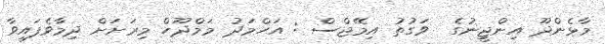
މާޅެންދޫ އިންޖީނުގެ  ވަގުތު އިމޭޖްސް : އަހްމަދު މަމްދޫހް މިރަށަށް ދިމާވެފައިވާ